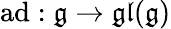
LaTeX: {\textrm{ad}}:{\mathfrak{g}}\to{\mathfrak{gl}}({\mathfrak{g}})